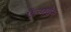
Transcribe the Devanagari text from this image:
ऍल्फ्वेन